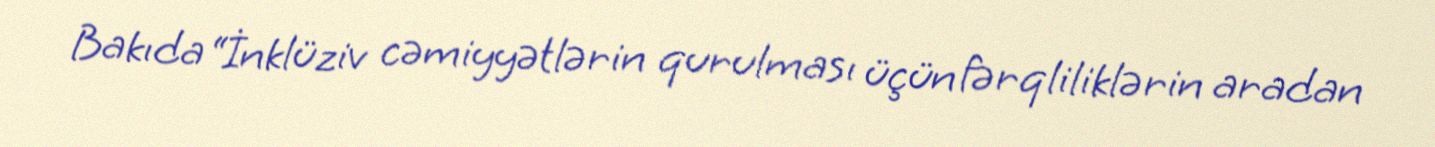
Bakıda “İnklüziv cəmiyyətlərin qurulması üçün fərqliliklərin aradan